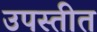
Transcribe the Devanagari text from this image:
उपस्तीत